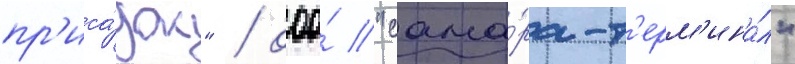
пр'иса́док" / ооо́ "сама́ра-т'ерм'ина́л"